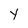
Character: Y